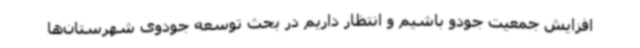
افزایش جمعیت جودو باشیم و انتظار داریم در بحث توسعه جودوی شهرستان‌ها